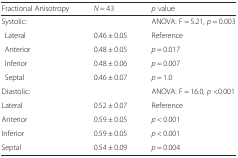
<table><thead><tr><td><b>Fractional Anisotropy</b></td><td><b><i>N</i> = 43</b></td><td><b><i>p</i> value</b></td></tr></thead><tbody><tr><td>Systolic:</td><td></td><td>ANOVA: F = 5.21, <i>p</i> = 0.003</td></tr><tr><td>Lateral</td><td>0.46 ± 0.05</td><td>Reference</td></tr><tr><td>Anterior</td><td>0.48 ± 0.05</td><td><i>p</i> = 0.017</td></tr><tr><td>Inferior</td><td>0.48 ± 0.06</td><td><i>p</i> = 0.007</td></tr><tr><td>Septal</td><td>0.46 ± 0.07</td><td><i>p</i> = 1.0</td></tr><tr><td>Diastolic:</td><td></td><td>ANOVA: F = 16.0, <i>p</i> &lt;0.001</td></tr><tr><td>Lateral</td><td>0.52 ± 0.07</td><td>Reference</td></tr><tr><td>Anterior</td><td>0.59 ± 0.05</td><td><i>p</i> &lt; 0.001</td></tr><tr><td>Inferior</td><td>0.59 ± 0.05</td><td><i>p</i> &lt; 0.001</td></tr><tr><td>Septal</td><td>0.54 ± 0.09</td><td><i>p</i> = 0.004</td></tr></tbody></table>